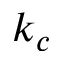
k _ { c }